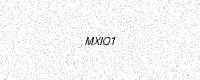
Text: MXIQ1